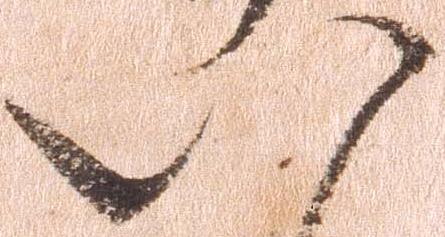
八